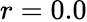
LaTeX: r=0.0